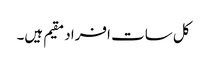
کل سات افراد مقیم ہیں۔